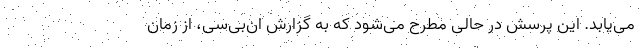
می‌یابد. این پرسش در حالی مطرح می‌شود که به گزارش ان‌بی‌سی، از زمان